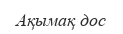
Ақымақ дос